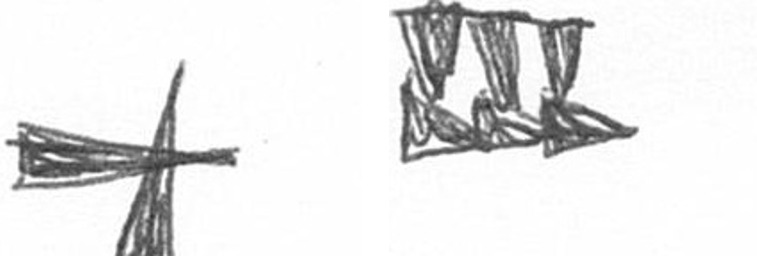
G D